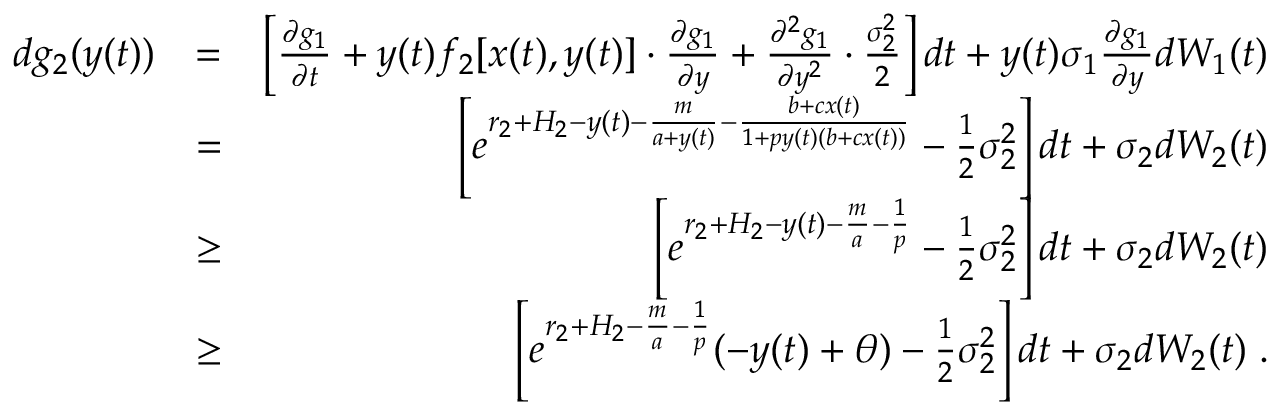
\begin{array} { r l r } { d g _ { 2 } ( y ( t ) ) } & { = } & { \left[ \frac { \partial g _ { 1 } } { \partial t } + y ( t ) f _ { 2 } [ x ( t ) , y ( t ) ] \cdot \frac { \partial g _ { 1 } } { \partial y } + \frac { \partial ^ { 2 } g _ { 1 } } { \partial y ^ { 2 } } \cdot \frac { \sigma _ { 2 } ^ { 2 } } { 2 } \right] d t + y ( t ) \sigma _ { 1 } \frac { \partial g _ { 1 } } { \partial y } d W _ { 1 } ( t ) } \\ & { = } & { \left[ e ^ { r _ { 2 } + H _ { 2 } - y ( t ) - \frac { m } { a + y ( t ) } - \frac { b + c x ( t ) } { 1 + p y ( t ) ( b + c x ( t ) ) } } - \frac { 1 } { 2 } \sigma _ { 2 } ^ { 2 } \right] d t + \sigma _ { 2 } d W _ { 2 } ( t ) } \\ & { \geq } & { \left[ e ^ { r _ { 2 } + H _ { 2 } - y ( t ) - \frac { m } { a } - \frac { 1 } { p } } - \frac { 1 } { 2 } \sigma _ { 2 } ^ { 2 } \right] d t + \sigma _ { 2 } d W _ { 2 } ( t ) } \\ & { \geq } & { \left[ e ^ { r _ { 2 } + H _ { 2 } - \frac { m } { a } - \frac { 1 } { p } } ( - y ( t ) + \theta ) - \frac { 1 } { 2 } \sigma _ { 2 } ^ { 2 } \right] d t + \sigma _ { 2 } d W _ { 2 } ( t ) \; . } \end{array}